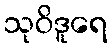
သုဝိဒူရေ